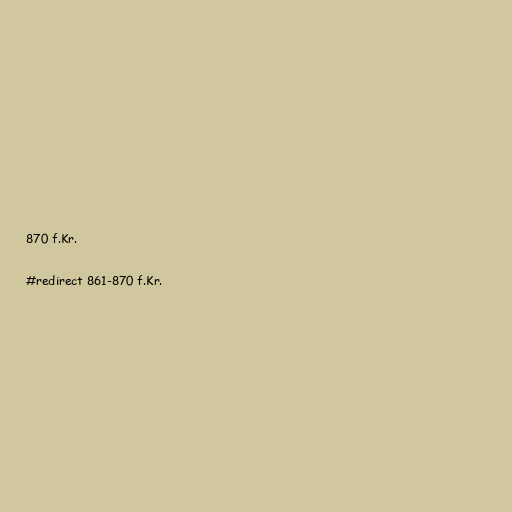
870 f.Kr.

#redirect 861-870 f.Kr.